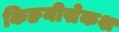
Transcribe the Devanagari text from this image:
किङनीसेकश